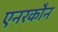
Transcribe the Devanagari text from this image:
एनरकौन